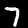
Digit: 7